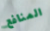
المنافع